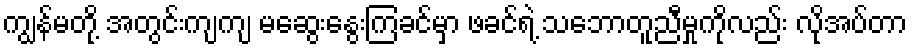
ကျွန်မတို့ အတွင်းကျကျ မဆွေးနွေးကြခင်မှာ ဖခင်ရဲ့ သဘောတူညီမှုကိုလည်း လိုအပ်တာ